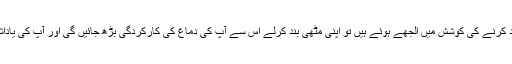
اگر آپ کچھ یاد کرنے کی کوشش میں الجھے ہوئے ہیں تو اپنی مٹھی بند کرلے اس سے آپ کی دماغ کی کارکردگی بڑھ جائیں گی اور آپ کی یاداشت بہتر ہوگی۔